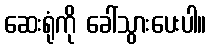
ဆေးရုံကို ခေါ်သွားပေးပါ။